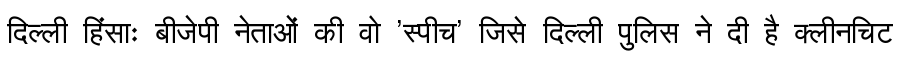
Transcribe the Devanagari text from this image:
दिल्ली हिंसाः बीजेपी नेताओं की वो 'स्पीच' जिसे दिल्ली पुलिस ने दी है क्लीनचिट